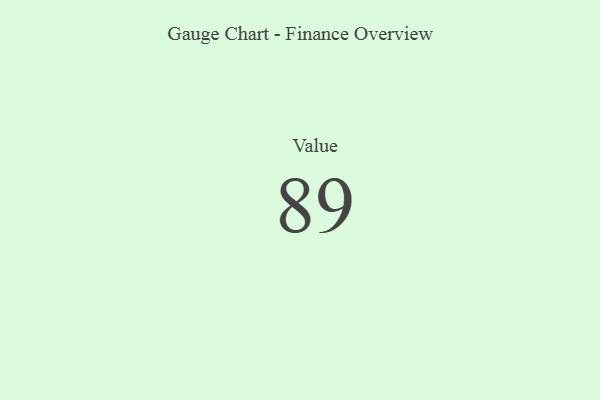
{"axis": {"x": "Metric", "y": "Value"}, "legend": [""], "data": [{"x": "Value", "y": 89, "type": ""}]}